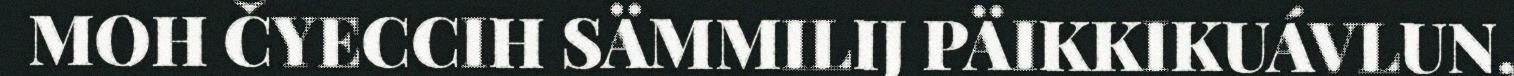
MOH ČYECCIH SÄMMILIJ PÄIKKIKUÁVLUN,